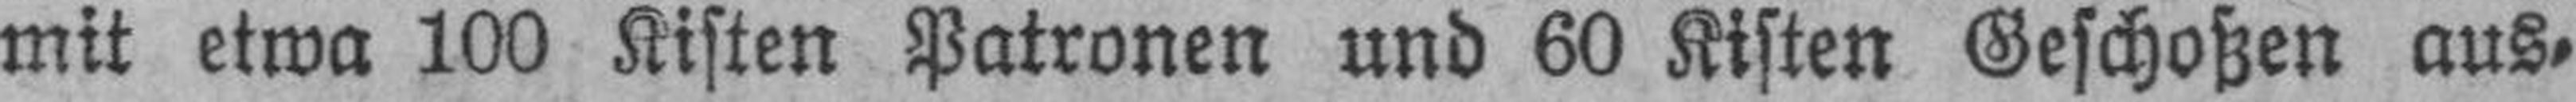
mit etwa 100 Kisten Patronen und 60 Kisten Geschoben aus,